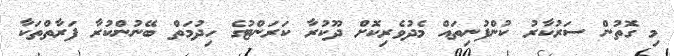
މި ގޮތުން ސަރުކާރު ކުންފުނިތައް މެދުވެރިކޮށް ދޫކުރާ ކަރަންޓުގެ ހިދުމަތް ބޭނުންކުރާ ފަރާތްތަކާ